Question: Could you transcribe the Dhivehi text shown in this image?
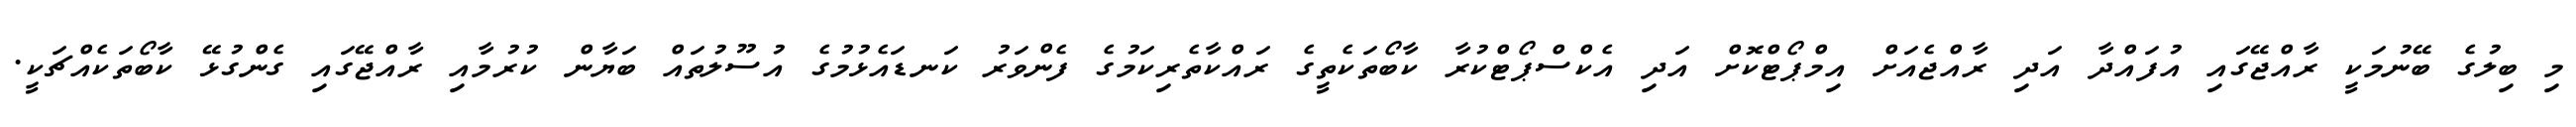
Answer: މި ބިލުގެ ބޭނުމަކީ ރާއްޖޭގައި އުފައްދާ އަދި ރާއްޖެއަށް އިމްޕޯޓްކޮށް އަދި އެކްސްޕޯޓްކުރާ ކާބޯތަކެތީގެ ރައްކާތެރިކަމުގެ ފެންވަރު ކަނޑައެޅުމުގެ އުސޫލުތައް ބަޔާން ކުރުމާއި ރާއްޖޭގައި ގެންގުޅޭ ކާބޯތަކެއްޗަކީ.